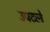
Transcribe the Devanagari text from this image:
उपटले